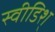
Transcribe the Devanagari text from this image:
स्वीडिश्